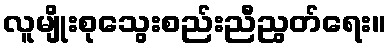
လူမျိုးစုသွေးစည်းညီညွတ်ရေး။